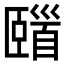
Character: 𩠢